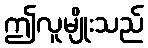
ဤလူမျိုးသည်